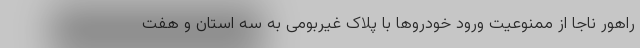
راهور ناجا از ممنوعیت ورود خودروها با پلاک غیربومی به سه استان و هفت